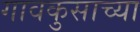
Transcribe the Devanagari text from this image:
गावकुसाच्या